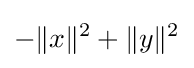
-\Vert x\Vert ^{2}+\Vert y\Vert ^{2}